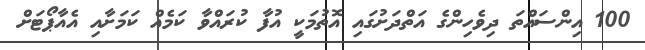
100 އިންސައްތަ ދިވެހިންގެ އަތްދަށުގައި އޮތުމަކީ އުފާ ކުރައްވާ ކަމެއް ކަމަށާއި އެއާޕޯޓަށް